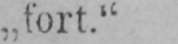
„fort.“